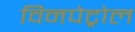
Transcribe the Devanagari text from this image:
विनपेट्रोल